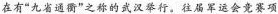
在有”九省通衢”之称的武汉举行。往届军运会竞赛项